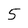
Character: 5